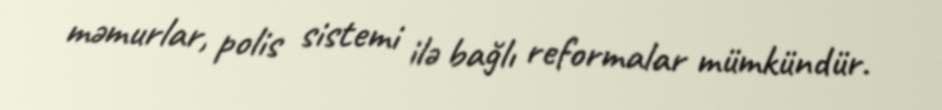
məmurlar, polis sistemi ilə bağlı reformalar mümkündür.